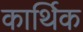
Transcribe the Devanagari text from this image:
कार्थिक